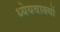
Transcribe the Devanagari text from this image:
ध्येयवाक्यों